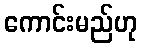
ကောင်းမည်ဟု